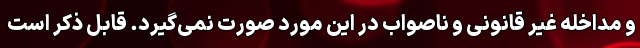
و مداخله غیر قانونی و ناصواب در این مورد صورت نمی‌گیرد. قابل ذکر است